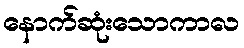
နောက်ဆုံးသောကာလ